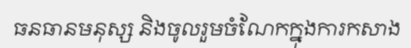
ធនធានមនុស្ស និងចូលរួមចំណែកក្នុងការកសាង